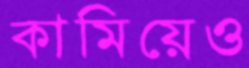
কামিয়েও